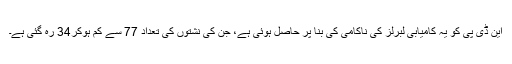
این ڈی پی کو یہ کامیابی لبرلز کی ناکامی کی بنا پر حاصل ہوئی ہے، جن کی نشتوں کی تعداد 77 سے کم ہوکر34 رہ گئی ہے۔